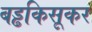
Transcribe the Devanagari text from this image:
बड्ढकिसूकर